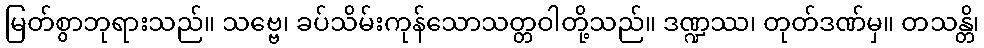
မြတ်စွာဘုရားသည်။ သဗ္ဗေ၊ ခပ်သိမ်းကုန်သောသတ္တဝါတို့သည်။ ဒဏ္ဍဿ၊ တုတ်ဒဏ်မှ။ တသန္တိ၊